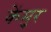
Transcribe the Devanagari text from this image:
केंमुर